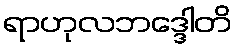
ရာဟုလဘဒ္ဒေါတိ